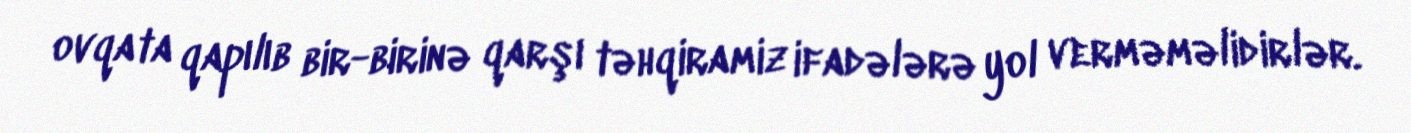
ovqata qapılıb bir-birinə qarşı təhqiramiz ifadələrə yol verməməlidirlər.